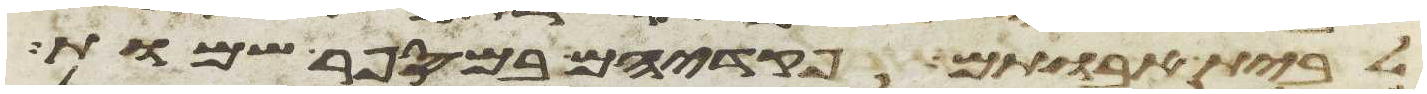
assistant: לבית אבותם פקדיהם במספר שמות